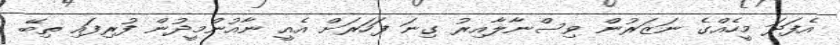
އެފަދަ މީހެއްގެ ނަޒަރުން ވިސްނާލާއިރު ގިނަ ފަހަރަށް އެއީ ނާއުންމީދުން ފުރިފައި ތިބޭ